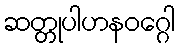
ဆတ္တုပါဟနဝဂ္ဂေါ